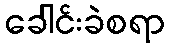
ခေါင်းခဲစရာ